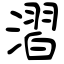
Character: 漝